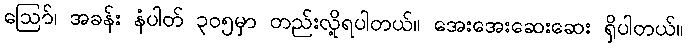
ဪ၊ အခန်း နံပါတ် ၃၀၅မှာ တည်းလို့ရပါတယ်။ အေးအေးဆေးဆေး ရှိပါတယ်။